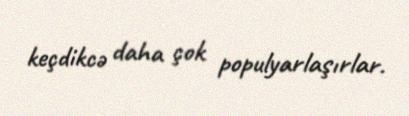
keçdikcə daha çok populyarlaşırlar.